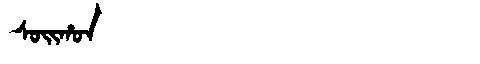
Manchu: ᠰᠣᡳᡥᠣᠨ
Romanization: SOIHON